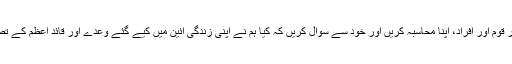
شاید وقت آگیا ہے جب ہم بطور قوم اور افراد، اپنا محاسبہ کریں اور خود سے سوال کریں کہ کیا ہم نے اپنی زندگی آئین میں کیے گئے وعدے اور قائد اعظم کے تصور کے مطابق بسر کی ہے ۔